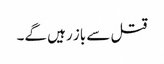
قتل سے باز رہیں گے۔